Lunatic asylums Punjab 1895-1910 - 1895-1910
Year: 1895
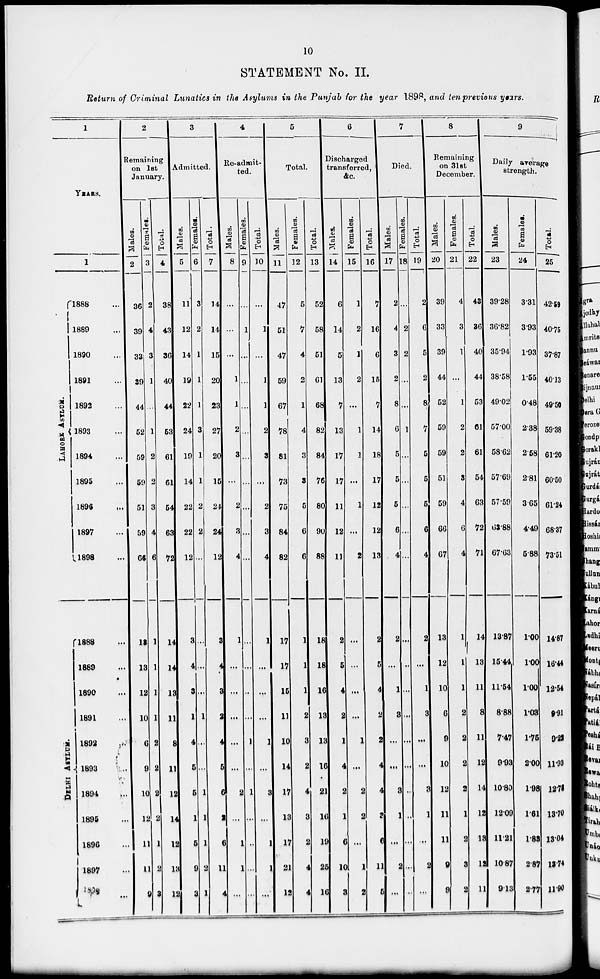
10
STATEMENT No. II.
Return of Criminal Lunatics in the Asylums in the Punjab for the year 1898, and ten previous years.
1
YEARS.
1
LAHORE ASYLUM.
DELHI ASYLUM.
1888 ...
1889 ...
1890 ...
1891 ...
1892 ...
1893 ...
1894 ...
1895 ...
1896 ...
1897 ...
1898 ...
1888 ...
1889 ...
1890 ...
1891 ...
1892 ...
1893 ...
1894 ...
1895 ...
1896 ...
1897 ...
1898 ...
2
Remaining
on 1st
January.
Males.
2
36
39
33
39
44
52
59
59
51
59
66
13
13
12
10
6
9
10
12
11
11
9
Females.
3
2
4
3
1
...
1
2
2
3
4
6
1
1
1
1
2
2
2
2
1
2
3
Total.
4
38
43
36
40
44
53
61
61
54
63
72
14
14
13
11
8
11
12
14
12
13
12
3
Admitted.
Males.
5
11
12
14
19
22
24
19
14
22
22
12
3
4
3
1
4
5
5
1
5
9
3
Females.
6
3
2
1
1
1
3
1
1
2
2
...
...
...
...
1
...
...
1
1
1
2
1
Total.
7
14
14
15
20
23
27
20
15
24
24
12
3
4
3
2
4
5
6
2
6
11
4
4
Re-admit-
ted.
Males.
8
...
...
...
1
1
2
3
...
2
3
4
1
...
...
...
...
...
2
...
1
1
...
Females.
9
...
1
...
...
...
...
...
...
...
...
...
...
...
...
...
1
...
1
...
...
...
...
Total.
10
...
1
...
1
1
2
3
...
2
3
4
1
...
...
...
1
...
3
...
1
1
...
5
Total.
Males.
11
47
51
47
59
67
78
81
73
75
84
82
17
17
15
11
10
14
17
13
17
21
12
Females.
12
5
7
4
2
1
4
3
3
5
6
6
1
1
1
2
3
2
4
3
2
4
4
Total.
13
52
58
51
61
68
82
84
76
80
90
88
18
18
16
13
13
16
21
16
19
25
16
6
Discharged
transferred,
&c.
Males.
14
6
14
5
13
7
13
17
17
11
12
11
2
5
4
2
1
4
2
1
6
10
3
Females.
15
1
2
1
2
...
1
1
...
1
...
2
...
...
...
...
1
...
2
2
...
1
2
Total.
16
7
16
6
15
7
14
18
17
12
12
13
2
5
4
2
2
4
4
3
6
11
5
7
Died.
Males.
17
2
4
3
2
8
6
5
5
5
6
4
2
...
1
3
...
...
3
1
...
2
...
Females.
18
...
2
2
...
...
1
...
...
...
...
...
...
...
...
...
...
...
...
...
...
...
...
Total.
19
2
6
5
2
8
7
5
5
5
6
4
2
...
1
3
...
...
3
1
...
2
...
8
Remaining
on 31st
December.
Males.
20
39
33
39
44
52
59
59
51
59
66
67
13
12
10
6
9
10
12
11
11
9
9
Females.
21
4
3
1
...
1
2
2
3
4
6
4
1
1
1
2
2
2
2
1
2
3
2
Total.
22
43
36
40
44
53
61
61
54
63
72
71
14
13
11
8
11
12
14
12
13
12
11
9
Daily average
strength.
Males.
23
39.28
36.82
35.94
38.58
49.02
57.00
58.62
57.69
57.59
63.88
67.63
13.87
15.44
11.54
8.88
7.47
9.93
10.80
12.09
11.21
10.87
9.13
Females.
24
3.31
3.93
1.93
1.55
0.48
2.38
2.58
2.81
3.65
4.49
5.88
1.00
1.00
1.00
1.03
1.75
2.00
1.98
1.61
1.83
2.87
2.77
Total.
25
42.59
40.75
37.87
40.13
49.50
59.38
61.20
60.50
61.24
68.37
73.51
14.87
16.44
12.54
9.91
9.22
11.93
12.78
13.70
13.04
13.74
11.90